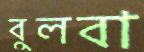
বুলবা